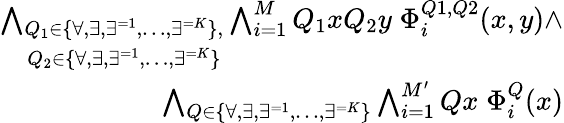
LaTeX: \begin{array}{r}{\bigwedge_{\begin{array}{c}{Q_{1}\in\{ \forall,\exists,\exists^{=1},\dots,\exists^{=K}\} ,}\\ {Q_{2}\in\{ \forall,\exists,\exists^{=1},\dots,\exists^{=K}\} }\end{array}}\bigwedge_{i=1}^{M}Q_{1}xQ_{2}y\; \Phi_{i}^{Q1,Q2}(x,y)\wedge}\\ {\bigwedge_{Q\in\{ \forall,\exists,\exists^{=1},\dots,\exists^{=K}\} }\bigwedge_{i=1}^{M^{\prime}}Qx\; \Phi_{i}^{Q}(x)}\end{array}